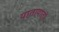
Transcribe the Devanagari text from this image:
यातायातों